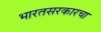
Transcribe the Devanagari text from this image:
भारतसरकारचा